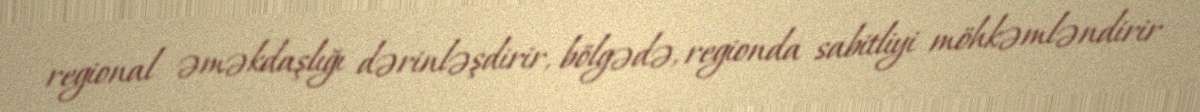
regional əməkdaşlığı dərinləşdirir, bölgədə, regionda sabitliyi möhkəmləndirir